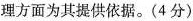
理方面为其提供依据。(4分)